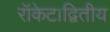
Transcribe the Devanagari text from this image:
रॉकेट।द्वितीय